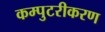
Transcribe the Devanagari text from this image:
कम्पुटरीकरण